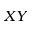
X Y